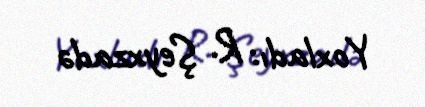
Yoxladı: R. Şeyxzadə